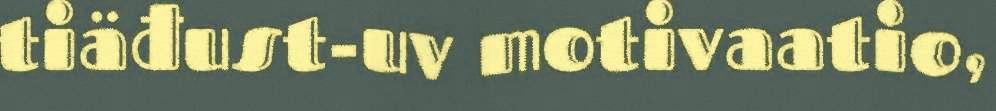
tiäđust-uv motivaatio,